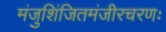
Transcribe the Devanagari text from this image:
मंजुशिंजितमंजीरचरणः